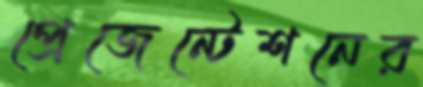
প্রেজেন্টেশনের